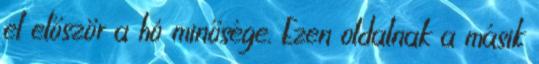
el először a hó minősége. Ezen oldalnak a másik